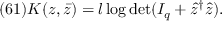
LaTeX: ( 6 1 ) K ( z , \bar { z } ) = l \log \operatorname * { d e t } ( I _ { q } + \hat { z } ^ { \dagger } \hat { z } ) .